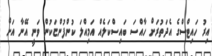
އިރު ހައިޓްސްގެ އެދަތުރަށް ހާއްސަ ބައިސްކަލެއް އަމިއްލަ ކުންފުންޏަކުން ވަނީ އޭނާ އަށް